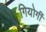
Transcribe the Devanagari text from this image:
गियोर्गी